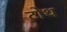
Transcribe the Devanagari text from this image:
टोथ